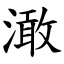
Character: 澉